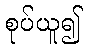
စုပ်ယူ၍